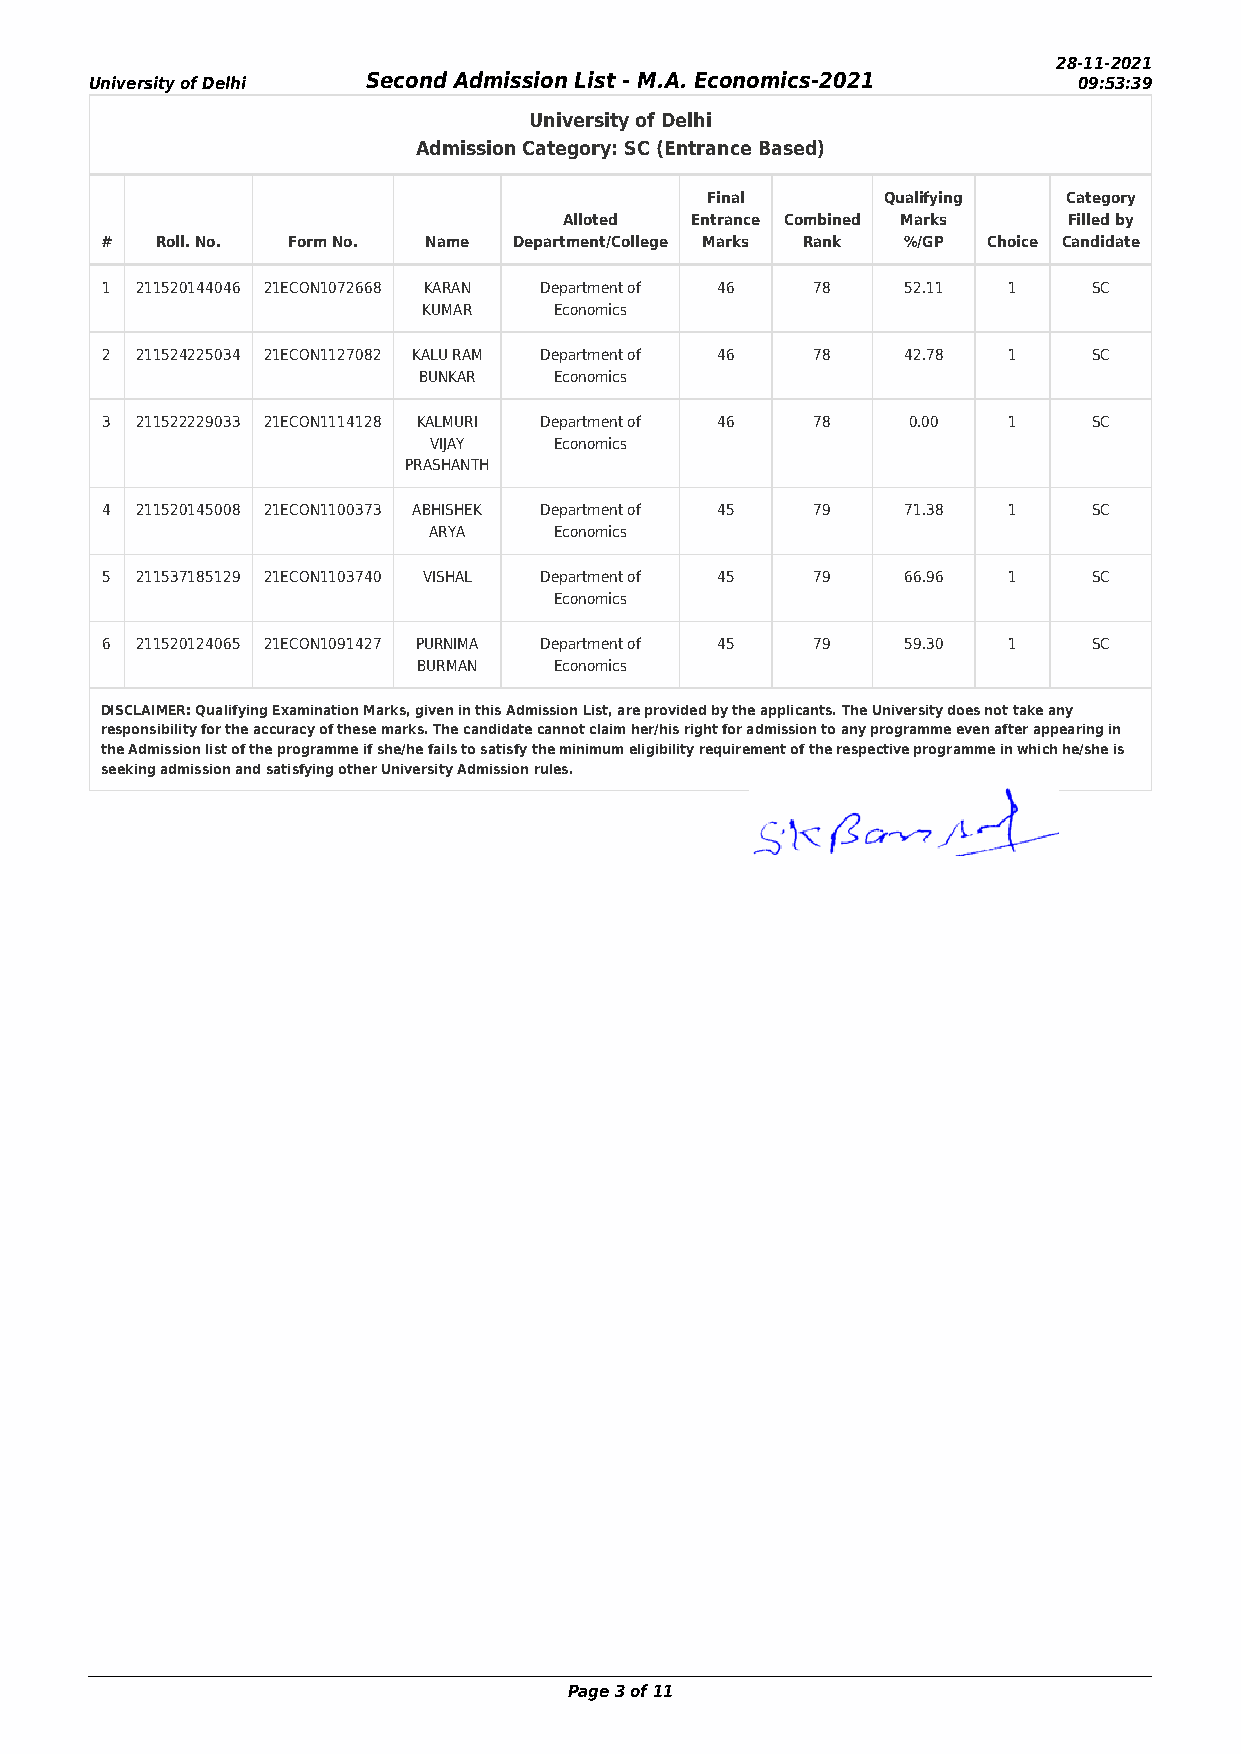
28-11-2021
 University of Delhi Second Admission List - M.A. Economics-2021  09:53:39
 University of Delhi
 Admission Category: SC (Entrance Based)
 Final       Qualifying  Category
 Alloted  Entrance Combined Marks  Filled by
 #  Roll. No. Form No. Name Department/College Marks Rank %/GP Choice Candidate
 1 211520144046 21ECON1072668 KARAN Department of 46 78 52.11 1   SC
 KUMAR    Economics
 2 211524225034 21ECON1127082 KALU RAM Department of 46 78 42.78 1 SC
 BUNKAR   Economics
 3 211522229033 21ECON1114128 KALMURI Department of 46 78 0.00 1  SC
 VIJAY    Economics
 PRASHANTH
 4 211520145008 21ECON1100373 ABHISHEK Department of 45 79 71.38 1 SC
 ARYA     Economics
 5 211537185129 21ECON1103740 VISHAL Department of 45 79 66.96 1  SC
 Economics
 6 211520124065 21ECON1091427 PURNIMA Department of 45 79 59.30 1 SC
 BURMAN   Economics
 DISCLAIMER: Qualifying Examination Marks, given in this Admission List, are provided by the applicants. The University does not take any
 responsibility for the accuracy of these marks. The candidate cannot claim her/his right for admission to any programme even after appearing in
 the Admission list of the programme if she/he fails to satisfy the minimum eligibility requirement of the respective programme in which he/she is
 seeking admission and satisfying other University Admission rules.
 Page 3 of 11